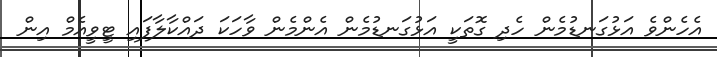
އެހެންވެ އަޅުގަނޑުމެން ހެދި ގޮތަކީ އަޅުގަނޑުމެން އެންމެން ވާހަކަ ދައްކާލާފައި ޓީވީއެމް އިން